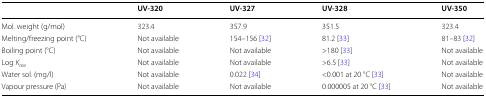
<table><thead><tr><td></td><td><b>UV-320</b></td><td><b>UV-327</b></td><td><b>UV-328</b></td><td><b>UV-350</b></td></tr></thead><tbody><tr><td>Mol. weight (g/mol)</td><td>323.4</td><td>357.9</td><td>351.5</td><td>323.4</td></tr><tr><td>Melting/freezing point (°C)</td><td>Not available</td><td>154–156 [32]</td><td>81.2 [33]</td><td>81–83 [32]</td></tr><tr><td>Boiling point (°C)</td><td>Not available</td><td>Not available</td><td>&gt;180 [33]</td><td>Not available</td></tr><tr><td>Log <i>K</i><sub>ow</sub></td><td>Not available</td><td>Not available</td><td>&gt;6.5 [33]</td><td>Not available</td></tr><tr><td>Water sol. (mg/l)</td><td>Not available</td><td>0.022 [34]</td><td>&lt;0.001 at 20 °C [33]</td><td>Not available</td></tr><tr><td>Vapour pressure (Pa)</td><td>Not available</td><td>Not available</td><td>0.000005 at 20 °C [33]</td><td>Not available</td></tr></tbody></table>